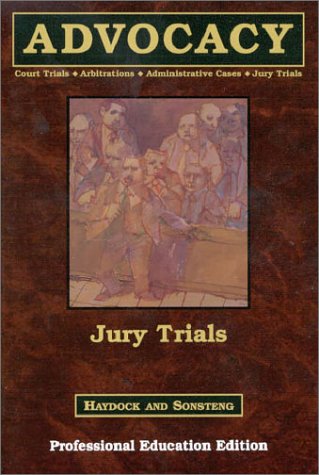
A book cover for Jury Trials, Bk 5; Roger S. Haydock; Law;